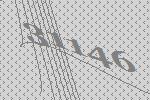
31146